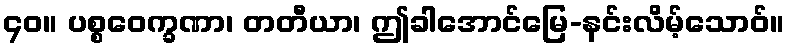
၄၀။ ပစ္စဝေက္ခဏာ၊ တတီယာ၊ ဤခါအောင်မြေ-နင်းလိမ့်သောဝ်။